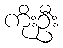
ကိုးဦး